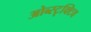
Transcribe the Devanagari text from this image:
ओब्स्टृक्टिव